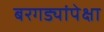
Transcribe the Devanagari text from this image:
बरगड्यांपेक्षा